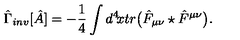
\hat { \Gamma } _ { i n v } [ \hat { A } ] = - { \frac { 1 } { 4 } } \int d ^ { 4 } \! x t r \big ( \hat { F } _ { \mu \nu } \star \hat { F } ^ { \mu \nu } \big ) .